Madras plague regulations and rules - Volume 2
Disease focus: Plague
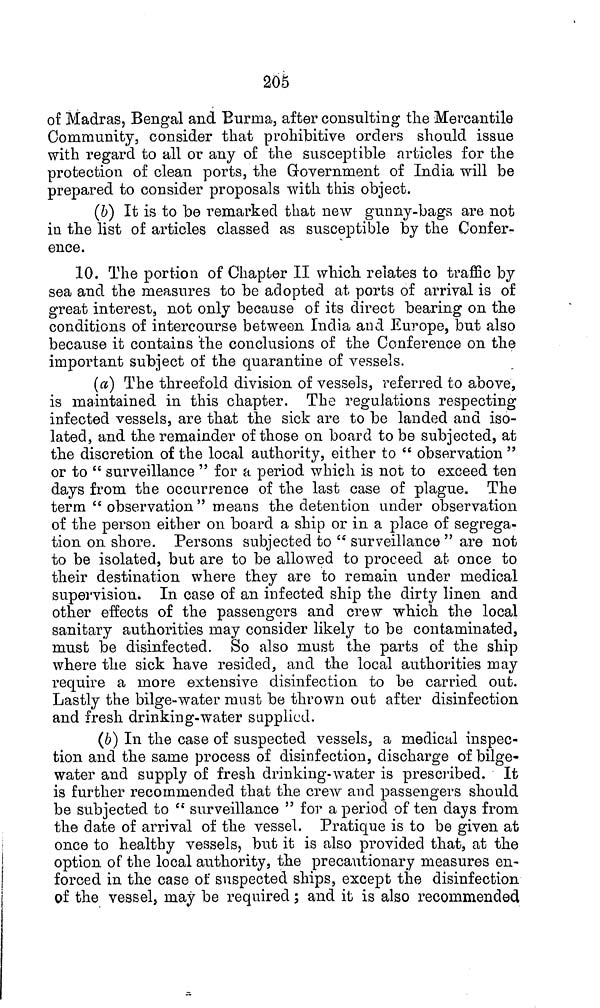
205
of Madras, Bengal and Burma, after consulting the Mercantile
Community, consider that prohibitive orders should issue
with regard to all or any of the susceptible articles for the
protection of clean ports, the Government of India will be
prepared to consider proposals with this object.
(b) It is to be remarked that new gunny-bags are not
in the list of articles classed as susceptible by the Confer-
ence.
10. The portion of Chapter II which relates to traffic by
sea and the measures to be adopted at ports of arrival is of
great interest, not only because of its direct bearing on the
conditions of intercourse between India and Europe, but also
because it contains the conclusions of the Conference on the
important subject of the quarantine of vessels.
(a) The threefold division of vessels, referred to above,
is maintained in this chapter. The regulations respecting
infected vessels, are that the sick are to be landed and iso-
lated, and the remainder of those on board to be subjected, at
the discretion of the local authority, either to " observation "
or to " surveillance " for a period which is not to exceed ten
days from the occurrence of the last case of plague. The
term " observation" means the detention under observation
of the person either on board a ship or in a place of segrega-
tion on shore. Persons subjected to " surveillance " are not
to be isolated, but are to be allowed to proceed at once to
their destination where they are to remain under medical
supervision. In case of an infected ship the dirty linen and
other effects of the passengers and crew which the local
sanitary authorities may consider likely to be contaminated,
must be disinfected. So also must the parts of the ship
where the sick have resided, and the local authorities may
require a more extensive disinfection to be carried out.
Lastly the bilge-water must be thrown out after disinfection
and fresh drinking-water supplied.
(6) In the case of suspected vessels, a medical inspec-
tion and the same process of disinfection, discharge of bilge-
water and supply of fresh drinking-water is prescribed. It
is further recommended that the crew and passengers should
be subjected to " surveillance " for a period of ten days from
the date of arrival of the vessel. Pratique is to be given at
once to healthy vessels, but it is also provided that, at the
option of the local authority, the precautionary measures en-
forced in the case of suspected ships, except the disinfection
of the vessel, may be required; and it is also recommended